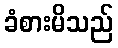
ခံစားမိသည်